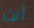
أنت